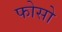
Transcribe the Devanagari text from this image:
फोसो